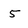
Character: 5